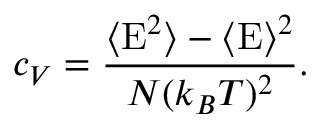
c _ { V } = \frac { \langle \mathrm { E } ^ { 2 } \rangle - \langle \mathrm { E } \rangle ^ { 2 } } { N ( k _ { B } T ) ^ { 2 } } .